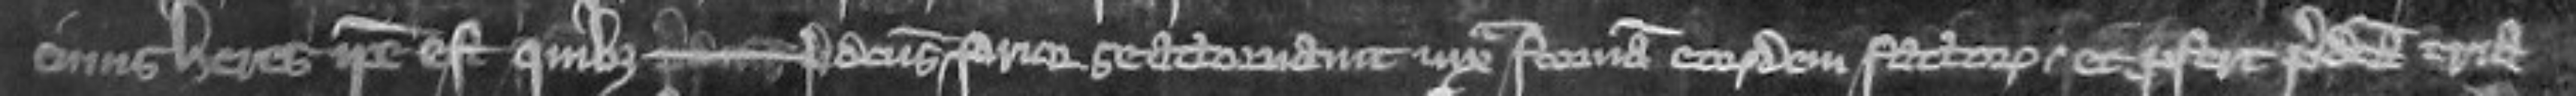
cuius heres ipse est quibus -- predictus prior se attornavit juxta formam eorundem factorum et profert predicta tria